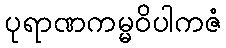
ပုရာဏကမ္မဝိပါကဇံ